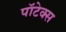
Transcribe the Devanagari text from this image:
पॉटेक्स